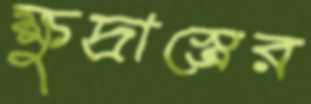
ক্ষুদ্রাস্ত্রের